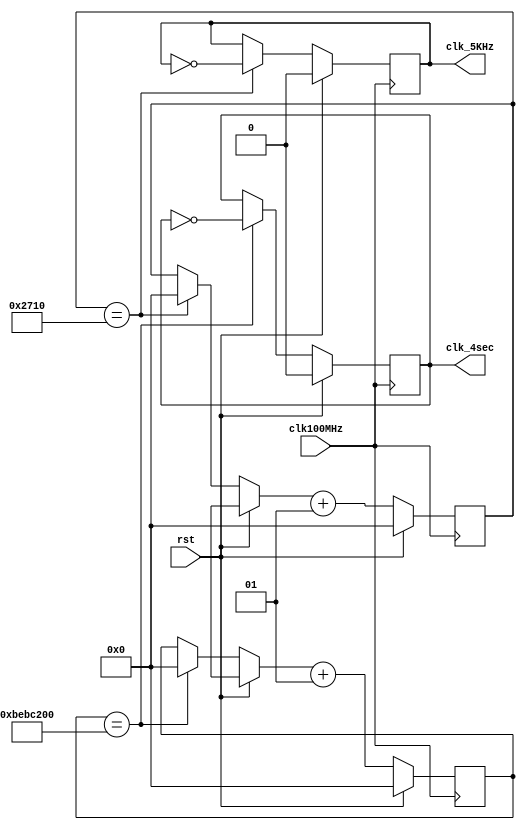
`timescale 1ns / 1ps

module clk_gen(clk100MHz, rst, clk_4sec, clk_5KHz);
input clk100MHz, rst;
output clk_4sec, clk_5KHz;
reg clk_4sec, clk_5KHz;
integer count, count1;

// if... else block
always@(posedge clk100MHz)
begin
	if(rst) //if RESET to reprogram the board, set all vars to 0 again
	begin
		count    = 0;
		count1   = 0;
		clk_4sec = 0;
		clk_5KHz = 0;
	end
	else
	begin
		if(count == 200000000)
		begin
				clk_4sec = ~clk_4sec;
				count = 0;
		end
		if(count1 == 10000)
		begin
			clk_5KHz = ~clk_5KHz;
			count1 = 0;
		end
		count  = count + 1;
		count1 = count1 + 1;
	end // inner_if_else
end // outer_if_else
endmodule